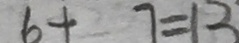
6 + 7 = 1 3